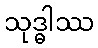
သုဒ္ဓါဿ